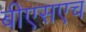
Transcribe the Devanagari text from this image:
बीएसएच